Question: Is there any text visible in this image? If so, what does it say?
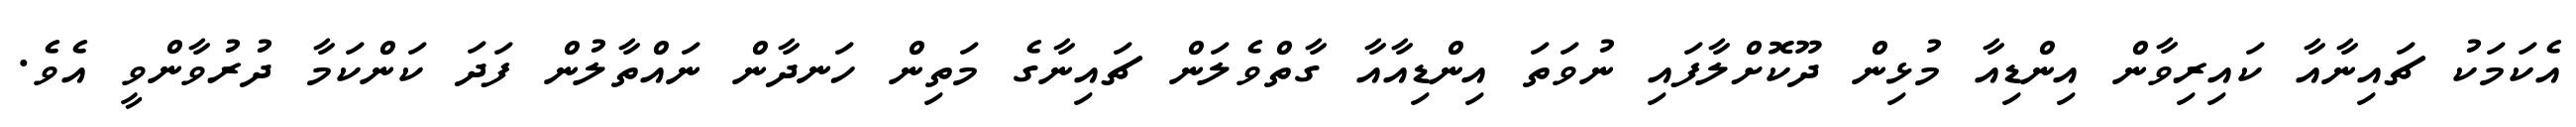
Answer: އެކަމަކު ޗައިނާއާ ކައިރިވާން އިންޑިއާ މުޅިން ދޫކޮށްލާފައި ނުވަތަ އިންޑިއާއާ ގާތްވެލަން ޗައިނާގެ މަތިން ހަނދާން ނައްތާލުން ފަދަ ކަންކަމާ ދުރުވާންވީ އެވެ.